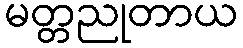
မတ္တညုတာယ